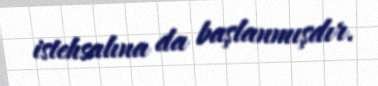
istehsalına da başlanmışdır.